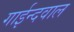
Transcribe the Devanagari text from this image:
गाईन्दवाल